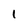
Character: 1